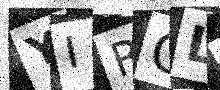
Text: YIROL1